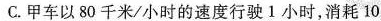
C.甲车以80千米/小时的速度行驶1小时，消耗10